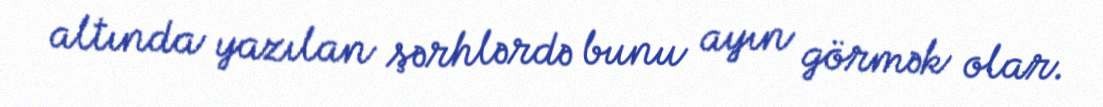
altında yazılan şərhlərdə bunu ayın görmək olar.